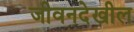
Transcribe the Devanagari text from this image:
जीवनदेखील